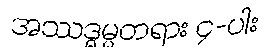
အဿဒ္ဓမ္မတရား ၄-ပါး